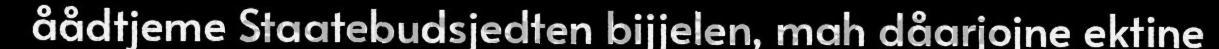
åådtjeme Staatebudsjedten bijjelen, mah dåarjojne ektine